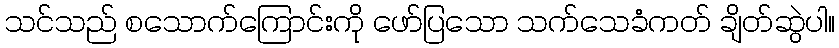
သင်သည် စသောက်ကြောင်းကို ဖော်ပြသော သက်သေခံကတ် ချိတ်ဆွဲပါ။